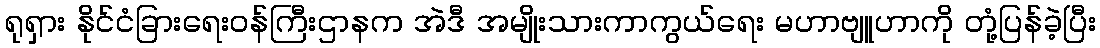
ရုရှား နိုင်ငံခြားရေးဝန်ကြီးဌာနက အဲဒီ အမျိုးသားကာကွယ်ရေး မဟာဗျူဟာကို တုံ့ပြန်ခဲ့ပြီး